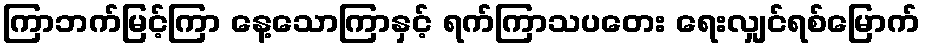
ကြာဘက်မြင့်ကြာ နေ့သောကြာနှင့် ရက်ကြာသပတေး ရေးလျှင်ရစ်မြောက်